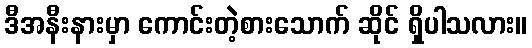
ဒီအနီးနားမှာ ကောင်းတဲ့စားသောက် ဆိုင် ရှိပါသလား။